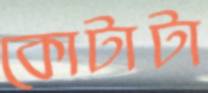
কোটাটা